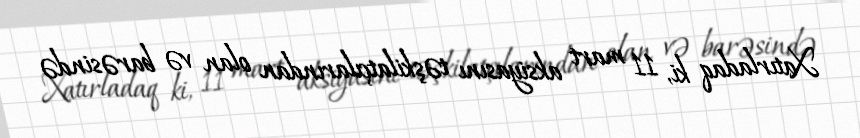
Xatırladaq ki, 11 mart aksiyasını təşkilatçılarından olan və barəsində